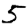
Digit: 5